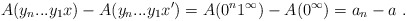
\begin{align*}A(y_n...y_1x) - A(y_n...y_1x') = A(0^n 1^\infty) - A(0^\infty) = a_n - a \ .\end{align*}